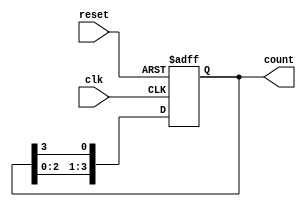
module binary_ring_counter #(
    parameter N = 4  // Number of flip-flops
)(
    input wire clk,       // Clock signal
    input wire reset,     // Asynchronous reset
    output reg [N-1:0] count // Current state of the counter
);

// Initial state
initial begin
    count = 1'b1; // Start with the first flip-flop set to '1'
end

// Always block triggered on clock edge or reset
always @(posedge clk or posedge reset) begin
    if (reset) begin
        count <= 1'b1; // Reset to the initial state
    end else begin
        count <= {count[N-2:0], count[N-1]}; // Shift left and wrap around
    end
end

endmodule